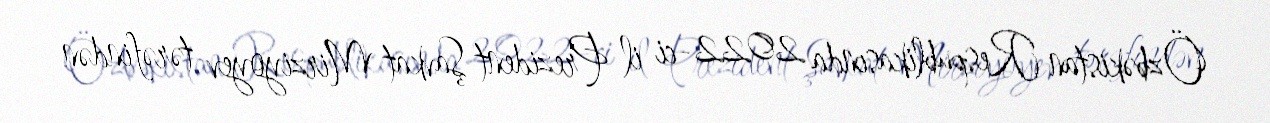
Özbəkistan Respublikasında 2022-ci il Prezident Şavkat Mirziyoyev tərəfindən